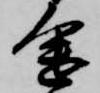
途